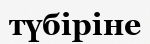
түбіріне